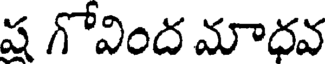
ష గోవింద మాధవ